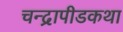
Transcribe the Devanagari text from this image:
चन्द्रापीडकथा